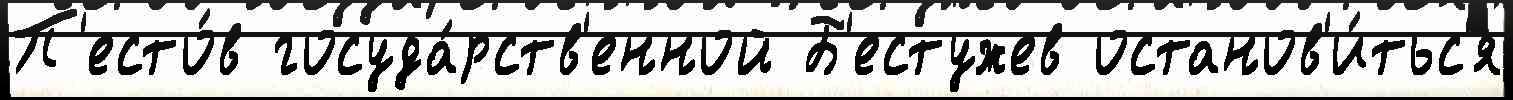
П'есто́в госуда́рств'енной Б'естужев останов'и́тьс'я